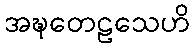
အဍ္ဎတေဠသေဟိ